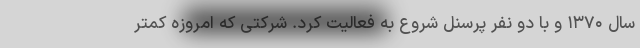
سال ۱۳۷۰ و با دو نفر پرسنل شروع به فعالیت کرد. شرکتی که امروزه کمتر